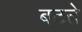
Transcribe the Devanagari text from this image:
बटते